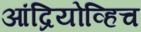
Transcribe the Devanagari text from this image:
आंद्रियोव्हिच